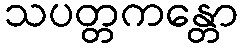
သပတ္တကန္တော